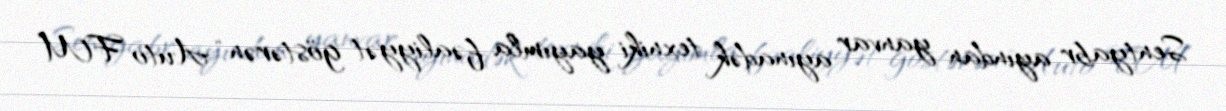
Sentyabr ayından yanvar ayınadək texniki yayımla fəaliyyət göstərən “Auto FM”